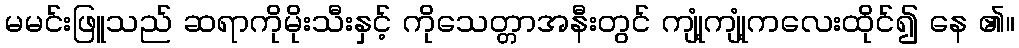
မမင်းဖြူသည် ဆရာကိုမိုးသီးနှင့် ကိုသေတ္တာအနီးတွင် ကျုံ့ကျုံ့ကလေးထိုင်၍ နေ ၏။